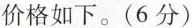
价格如下。(6分)